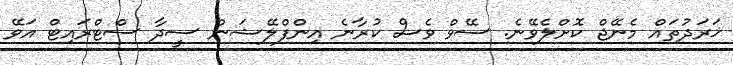
ޚަރަދުތައް މެނޭޖް ކޮށްލެވޭނެ. ސޭވް ވެސް ކުރާނެ އިންފްލޭޝަން ސީދާ ސްޓްރައިޓް އަވޭ